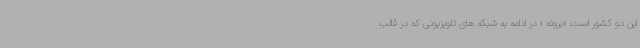
این دو کشور است. «برونه » در ادامه به شبکه های تلویزیونی که در قالب